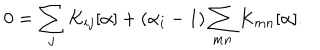
0 = \sum _ { j } K _ { i j } [ \alpha ] + ( \alpha _ { i } - 1 ) \sum _ { m n } K _ { m n } [ \alpha ] .